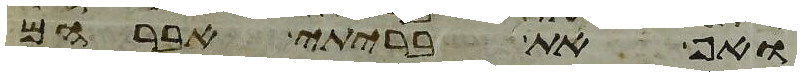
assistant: ואף את בריתי אברהם